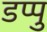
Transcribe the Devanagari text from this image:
डप्पु